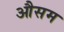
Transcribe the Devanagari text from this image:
औसम